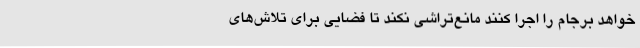
‌خواهد برجام را اجرا کنند مانع‌تراشی نکند تا فضایی برای تلاش‌های